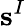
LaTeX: \mathbf{s}^{I}